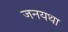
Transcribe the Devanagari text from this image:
जनयथा